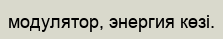
модулятор, энергия көзі.